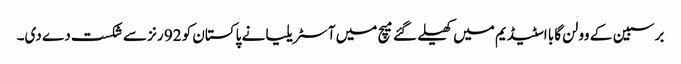
برسبین کے وولن گابا اسٹیڈیم میں کھیلے گئے میچ میں آسٹریلیا نے پاکستان کو 92 رنز سے شکست دے دی۔